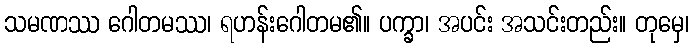
သမဏဿ ဂေါတမဿ၊ ရဟန်းဂေါတမ၏။ ပက္ခာ၊ အပင်း အသင်းတည်း။ တုမှေ၊